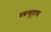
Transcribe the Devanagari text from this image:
चक्रव्यूहाचा